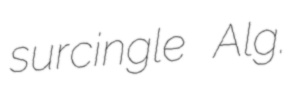
surcingle Alg.